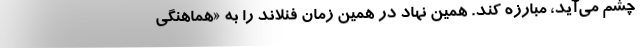
چشم می‌آید، مبارزه کند. همین نهاد در همین زمان فنلاند را به «هماهنگی